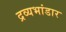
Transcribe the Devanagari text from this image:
द्रव्यभांडार